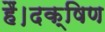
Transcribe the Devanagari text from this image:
हैं।दक्षिण